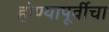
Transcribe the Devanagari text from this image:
होण्यापूर्वीचा